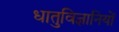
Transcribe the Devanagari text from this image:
धातुविज्ञानियों